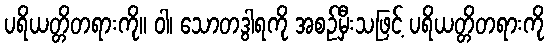
ပရိယတ္တိတရားကို။ ဝါ၊ သောတဒွါရကို အစဉ်မှီးသဖြင့် ပရိယတ္တိတရားကို